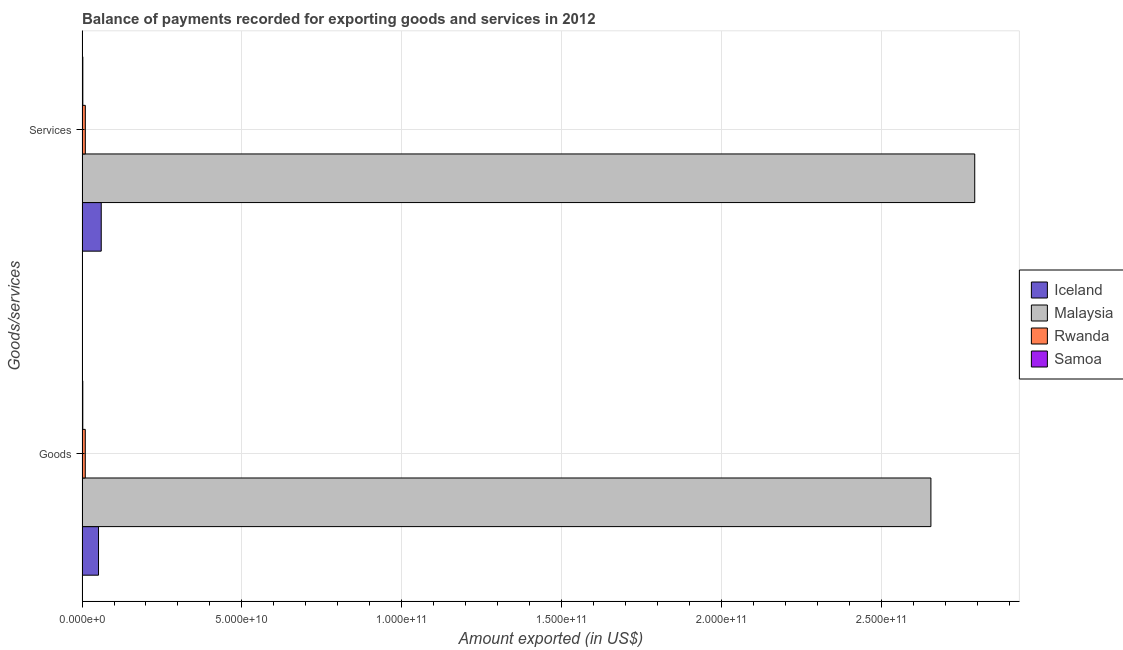
| Goods/services | Iceland | Malaysia | Rwanda | Samoa |
 | --- | --- | --- | --- | --- |
 | Goods | 5.15e+09 | 2.66e+11 | 1.02e+09 | 2.42e+08 |
 | Services | 6e+09 | 2.79e+11 | 1.03e+09 | 2.51e+08 |